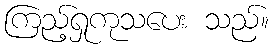
ကြည့်ရှုကုသပေး သည်။